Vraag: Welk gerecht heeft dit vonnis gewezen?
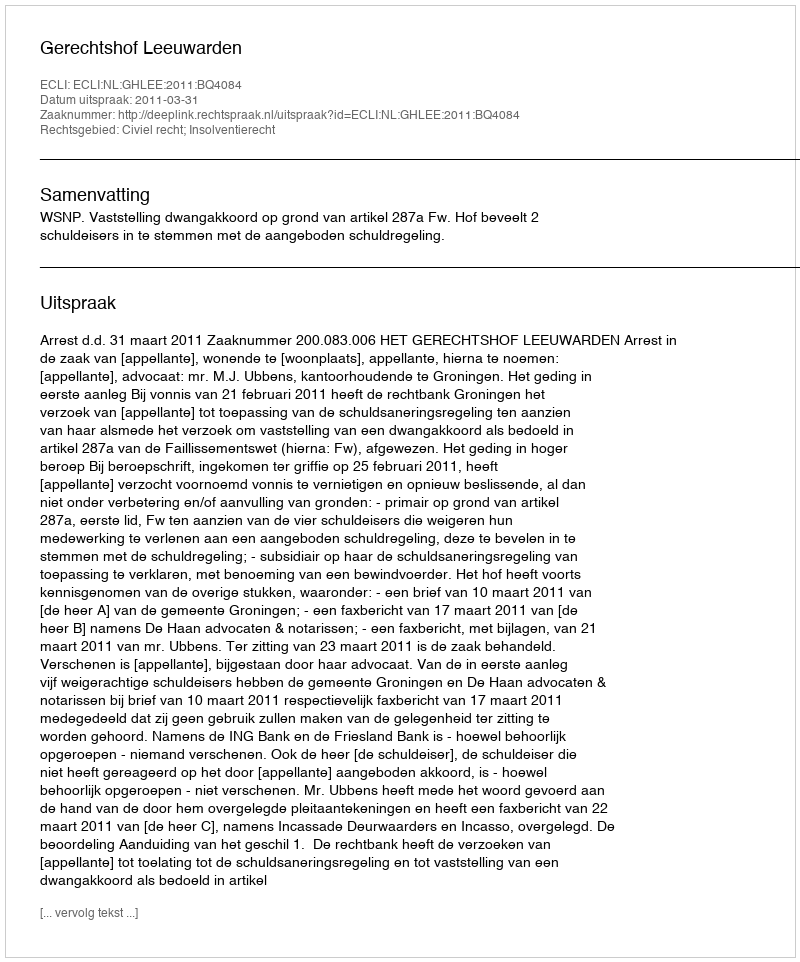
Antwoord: Gerechtshof Leeuwarden